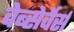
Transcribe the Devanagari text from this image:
वेब्सेर्वेर्स